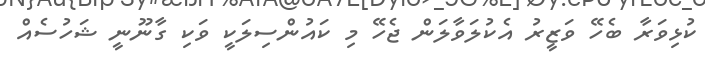
ކުޅިވަރާ ބެހޭ ވަޒީރު އެކުލަވާލަން ޖެހޭ މި ކައުންސިލަކީ ވަކި ގާނޫނީ ޝަހުސެއް